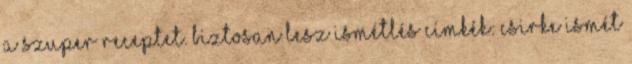
a szuper receptet. Biztosan lesz ismétlés Címkék: csirke Ismét